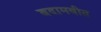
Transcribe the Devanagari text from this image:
बदामबीत